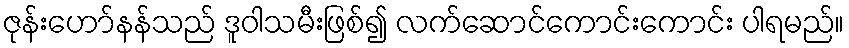
ဇုန်းဟော်နန်သည် ဒူဝါသမီးဖြစ်၍ လက်ဆောင်ကောင်းကောင်း ပါရမည်။